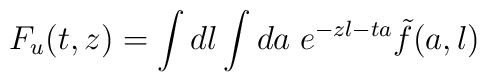
F_u( t, z) = \int d l \int d a \; e^{-z l - t a}\tilde{f}(a,l)